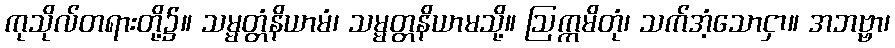
ကုသိုလ်တရားတို့၌။ သမ္မတ္တံနိယာမံ၊ သမ္မတ္တနိယာမသို့။ ဩက္ကမိတုံ၊ သက်အံ့သောငှာ။ အဘဗ္ဗာ၊